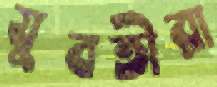
যুবতীরা